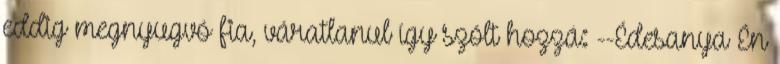
eddig megnyugvó fia, váratlanul így szólt hozzá: --Édesanya Én